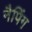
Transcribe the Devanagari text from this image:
नैपिंग